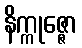
နိက္ကုဇ္ဇော